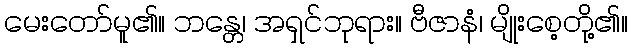
မေးတော်မူ၏။ ဘန္တေ၊ အရှင်ဘုရား။ ဗီဇာနံ၊ မျိုးစေ့တို့၏။